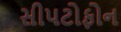
સીપટોફોન